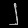
Digit: ၂